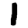
Digit: 1